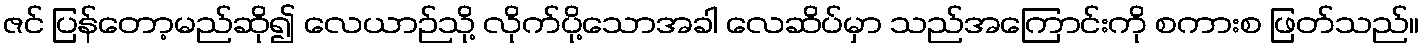
ဇင် ပြန်တော့မည်ဆို၍ လေယာဉ်သို့ လိုက်ပို့သောအခါ လေဆိပ်မှာ သည်အကြောင်းကို စကားစ ဖြတ်သည်။